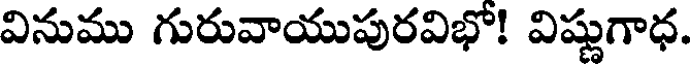
వినుము గురువాయుపురవిభో! విష్ణుగాధ.